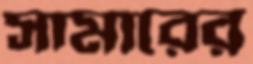
সামারের